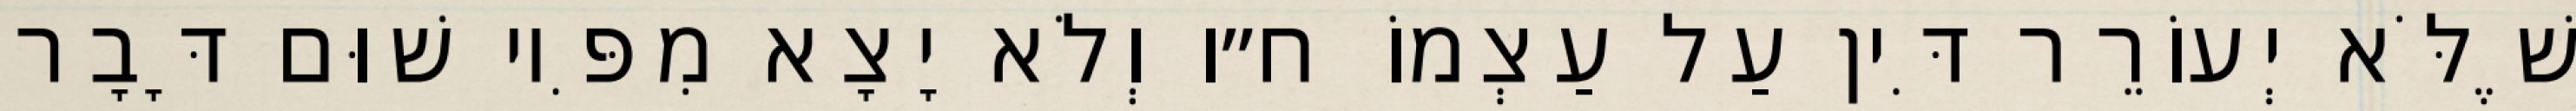
שֶׁלֹּא יְעוֹרֵר דִּין עַל עַצְמוֹ ח״ו וְלֹא יָצָא מִפִּיו שׁוּם דָּבָר